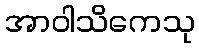
အာဝါသိကေသု